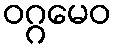
ဝဂ္ဂမေဝ